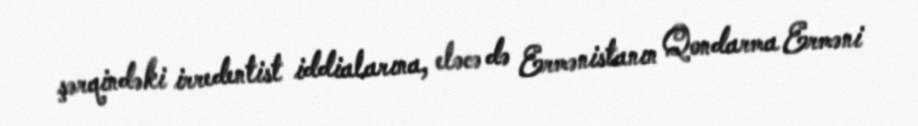
şərqindəki irredentist iddialarına, eləcə də Ermənistanın Qondarma Erməni